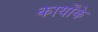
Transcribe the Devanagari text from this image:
कार्योंके